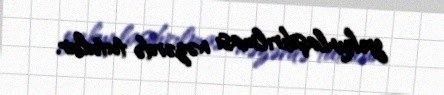
yekunlaşdırılması nəzərdə tutulur.